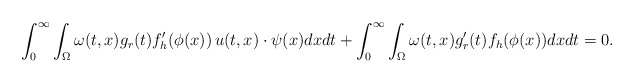
\begin{align*}\int_{0}^\infty \int_{\Omega} \omega(t,x) g_r(t) f_h'(\phi(x))\, u(t,x)\cdot \psi(x) dxdt + \int_{0}^\infty \int_{\Omega} \omega(t,x) g_r'(t) f_h(\phi(x)) dxdt =0.\end{align*}